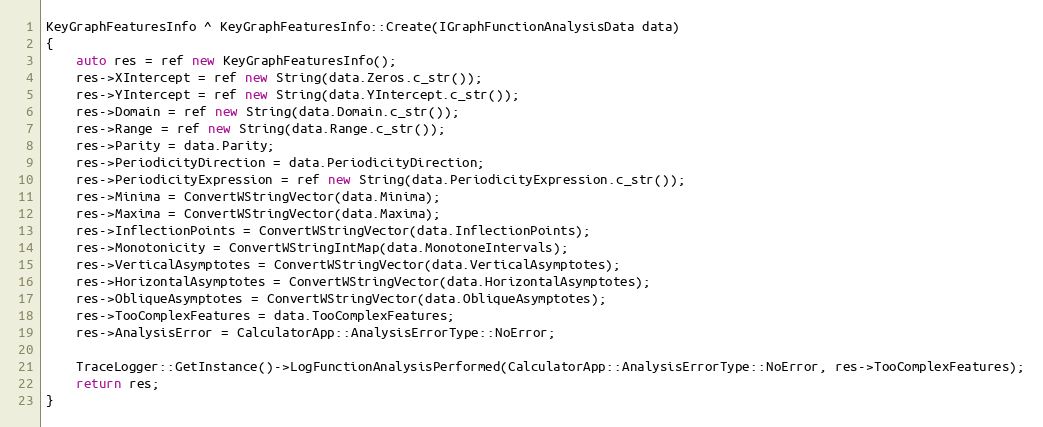
Language: C++
KeyGraphFeaturesInfo ^ KeyGraphFeaturesInfo::Create(IGraphFunctionAnalysisData data)
{
    auto res = ref new KeyGraphFeaturesInfo();
    res->XIntercept = ref new String(data.Zeros.c_str());
    res->YIntercept = ref new String(data.YIntercept.c_str());
    res->Domain = ref new String(data.Domain.c_str());
    res->Range = ref new String(data.Range.c_str());
    res->Parity = data.Parity;
    res->PeriodicityDirection = data.PeriodicityDirection;
    res->PeriodicityExpression = ref new String(data.PeriodicityExpression.c_str());
    res->Minima = ConvertWStringVector(data.Minima);
    res->Maxima = ConvertWStringVector(data.Maxima);
    res->InflectionPoints = ConvertWStringVector(data.InflectionPoints);
    res->Monotonicity = ConvertWStringIntMap(data.MonotoneIntervals);
    res->VerticalAsymptotes = ConvertWStringVector(data.VerticalAsymptotes);
    res->HorizontalAsymptotes = ConvertWStringVector(data.HorizontalAsymptotes);
    res->ObliqueAsymptotes = ConvertWStringVector(data.ObliqueAsymptotes);
    res->TooComplexFeatures = data.TooComplexFeatures;
    res->AnalysisError = CalculatorApp::AnalysisErrorType::NoError;

    TraceLogger::GetInstance()->LogFunctionAnalysisPerformed(CalculatorApp::AnalysisErrorType::NoError, res->TooComplexFeatures);
    return res;
}